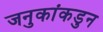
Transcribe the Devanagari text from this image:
जनुकांकडुन